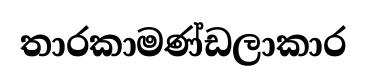
තාරකාමණ්ඩලාකාර